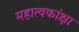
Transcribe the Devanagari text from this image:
महात्वकांक्षा